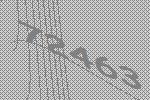
72463